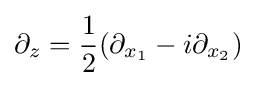
\partial _{z}={\frac {1}{2}}(\partial _{x_{1}}-i\partial _{x_{2}})